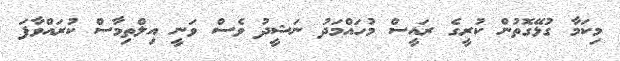
މިކަމާ ގުޅޭގޮތުން ކުރީގެ ރައީސް މުހައްމަދު ނަޝީދު ވެސް ވަނީ އިލްތިމާސް ކުރައްވާފަ